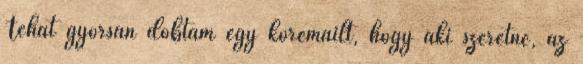
Tehát gyorsan dobtam egy köremailt, hogy aki szeretne, az